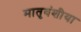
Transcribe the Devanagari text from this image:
मातृवंशीया